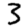
Digit: 3